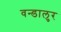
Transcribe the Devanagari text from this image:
वन्डालुर